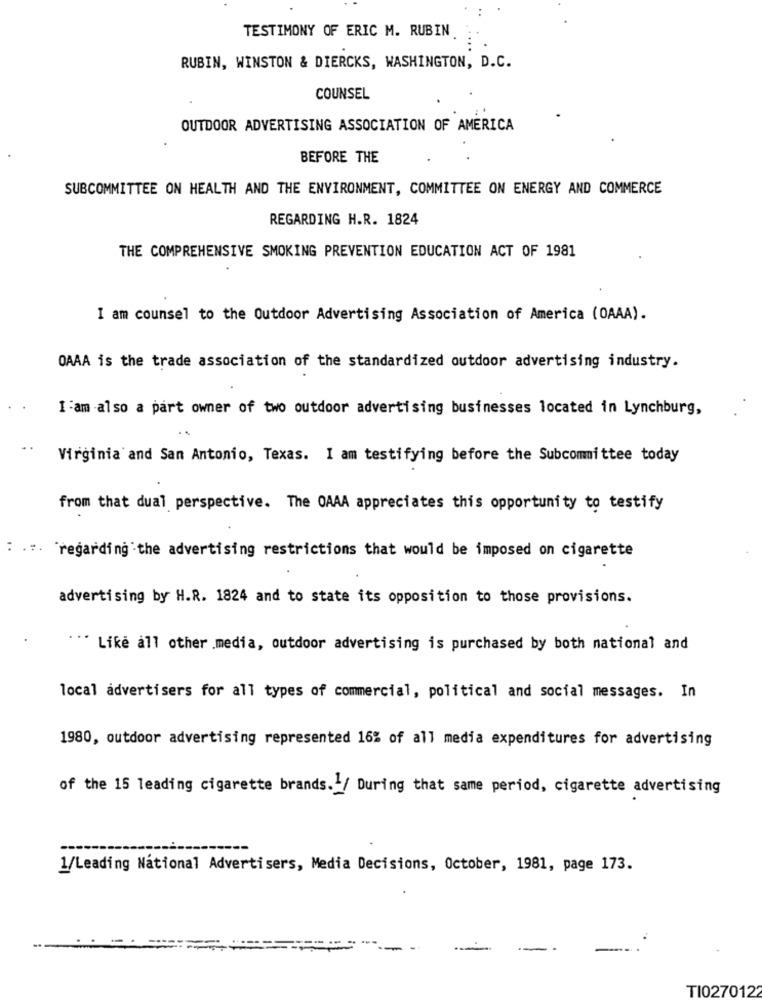
TESTIMONY OF ERIC M. RUBIN
RUBIN, WINSTON & DIERCKS, WASHINGTON, D.C.
COUNSEL
OUTDOOR ADVERTISING ASSOCIATION OF AMERICA
BEFORE THE
SUBCOMMITTEE ON HEALTH AND THE ENVIRONMENT, COMMITTEE ON ENERGY AND COMMERCE
REGARDING H.R. 1824
THE COMPREHENSIVE SMOKING PREVENTION EDUCATION ACT OF 1981
I am counsel to the Outdoor Advertising Association of America (OAAA).
OAAA is the trade association of the standardized outdoor advertising industry.
I :am also a part owner of two outdoor advertising businesses located in Lynchburg,
Virginia and San Antonio, Texas. I am testifying before the Subcommittee today
from that dual perspective. The OAAA appreciates this opportunity to testify
: ... regarding the advertising restrictions that would be imposed on cigarette
advertising by H.R. 1824 and to state its opposition to those provisions.
"". Like all other media, outdoor advertising is purchased by both national and
local advertisers for all types of commercial, political and social messages. In
1980, outdoor advertising represented 16% of all media expenditures for advertising
of the 15 leading cigarette brands. / During that same period, cigarette advertising
1/Leading National Advertisers, Media Decisions, October, 1981, page 173.
TI027012